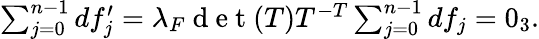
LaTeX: \begin{array}{r}{\sum_{j=0}^{n-1}df_{j}^{\prime}=\lambda_{F}\mathrm{~d~e~t~}(T)T^{-T}\sum_{j=0}^{n-1}df_{j}=0_{3}.}\end{array}